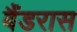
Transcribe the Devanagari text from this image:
बैंडरास